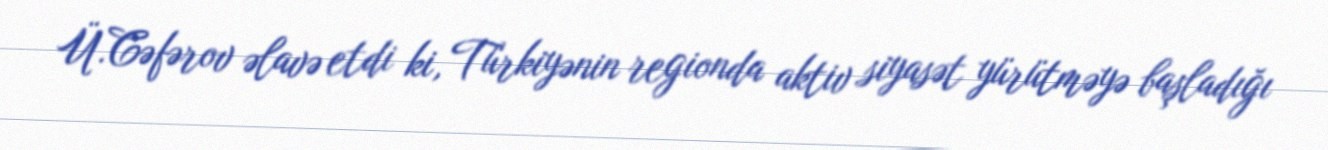
Ü.Cəfərov əlavə etdi ki, Türkiyənin regionda aktiv siyasət yürütməyə başladığı